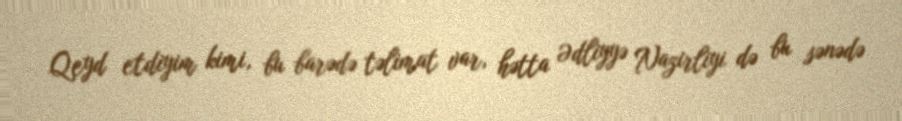
Qeyd etdiyim kimi, bu barədə təlimat var, hətta Ədliyyə Nazirliyi də bu sənədə